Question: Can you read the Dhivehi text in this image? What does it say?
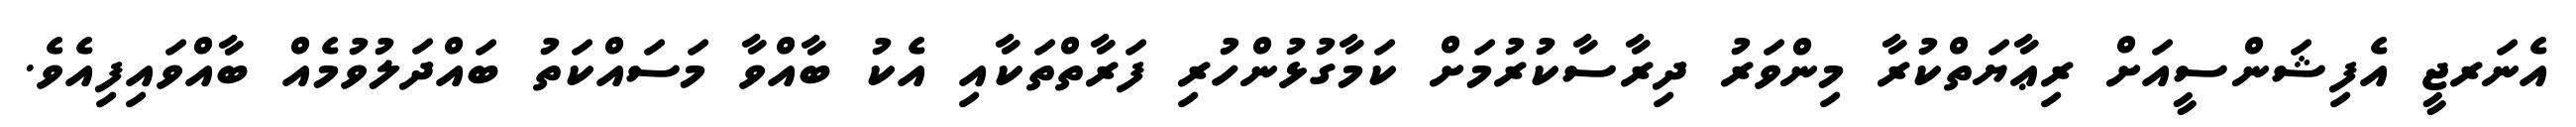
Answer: އެނަރޖީ އެފިޝަންސީއަށް ރިޢާޔަތްކުރާ މިންވަރު ދިރާސާކުރުމަށް ކަމާގުޅުންހުރި ފަރާތްތަކާއި އެކު ބާއްވާ މަސައްކަތު ބައްދަލުވުމެއް ބާއްވައިފިއެވެ.